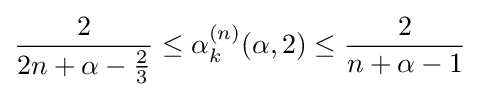
{\frac {2}{2n+\alpha -{\frac {2}{3}}}}\leq \alpha _{k}^{(n)}(\alpha ,2)\leq {\frac {2}{n+\alpha -1}}